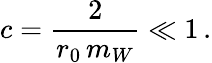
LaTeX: c=\frac{2}{r_{0}\, m_{W}}\ll 1\, .